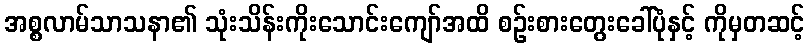
အစ္စလာမ်သာသနာ၏ သုံးသိန်းကိုးသောင်းကျော်အထိ စဉ်းစားတွေးခေါ်ပုံနှင့် ကိုမှတဆင့်